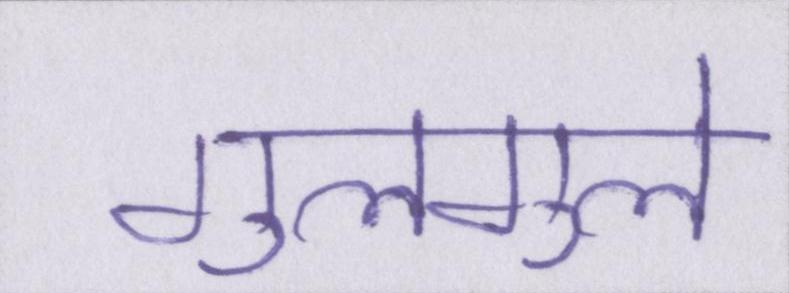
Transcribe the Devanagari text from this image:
गुलगुले